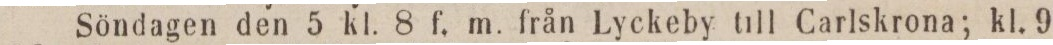
Söndagen den 5 kl. 8 f. m. från Lyckeby till Carlskrona; kl. 9